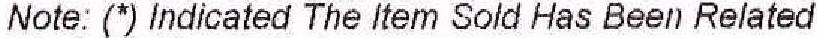
NOTE: (*) INDICATED THE ITEM SOLD HAS BEEN RELATED